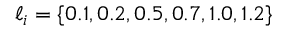
\ell _ { i } = \{ 0 . 1 , 0 . 2 , 0 . 5 , 0 . 7 , 1 . 0 , 1 . 2 \}